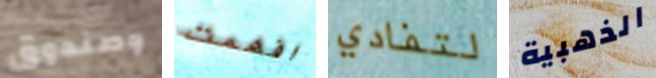
وصندوق افهمت لتفادي الذهبية